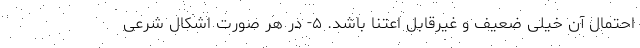
احتمال آن خیلی ضعیف و غیرقابل اعتنا باشد. ۵- در هر صورت اشکال شرعی